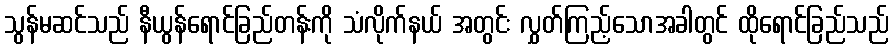
သွန်မဆင်သည် နီယွန်ရောင်ခြည်တန်းကို သံလိုက်နယ် အတွင်း လွှတ်ကြည့်သောအခါတွင် ထိုရောင်ခြည်သည်